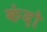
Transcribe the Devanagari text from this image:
कंदो